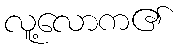
လူ့လောက၏